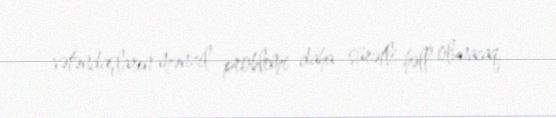
vətəndaşların mənzil problemi daha sürətli həll olunacaq.